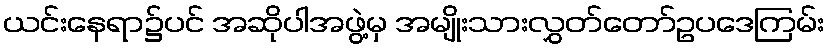
ယင်းနေရာ၌ပင် အဆိုပါအဖွဲ့မှ အမျိုးသားလွှတ်တော်ဥပဒေကြမ်း